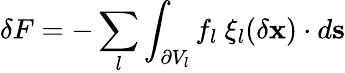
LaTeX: \delta F=-\sum_{l}\int_{\partial V_{l}}f_{l}\ \mathbf{\xi}_{l}(\delta\mathbf{x})\cdot d\mathbf{s}